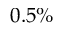
0 . 5 \%